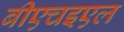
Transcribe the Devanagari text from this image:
बीएचइएल